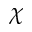
\chi